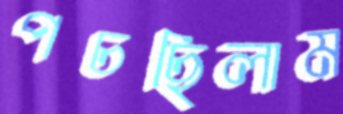
পচছিলাম